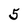
Character: 5